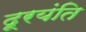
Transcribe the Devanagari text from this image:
दूरयंति